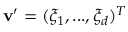
\mathbf v ^ { \prime } = ( \xi _ { 1 } , . . . , \xi _ { d } ) ^ { T }